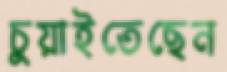
চুয়াইতেছেন